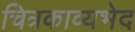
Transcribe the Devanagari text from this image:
चित्रकाव्यभेद